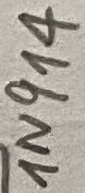
Text: 1N914